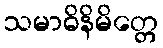
သမာဓိနိမိတ္တေ